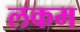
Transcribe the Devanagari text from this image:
लकम